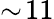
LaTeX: \sim\! 11